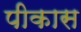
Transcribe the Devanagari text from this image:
पीकास